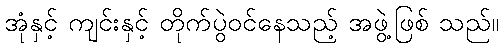
အုံနှင့် ကျင်းနှင့် တိုက်ပွဲဝင်နေသည့် အဖွဲ့ဖြစ် သည်။